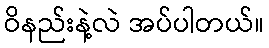
ဝိနည်းနဲ့လဲ အပ်ပါတယ်။